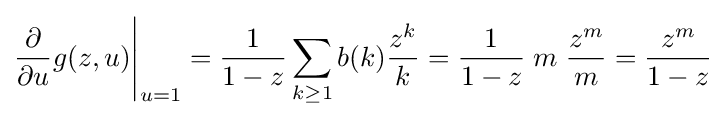
{\frac {\partial }{\partial u}}g(z,u){\Bigg |}_{u=1}={\frac {1}{1-z}}\sum _{k\geq 1}b(k){\frac {z^{k}}{k}}={\frac {1}{1-z}}\;m\;{\frac {z^{m}}{m}}={\frac {z^{m}}{1-z}}